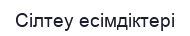
Сілтеу есімдіктері